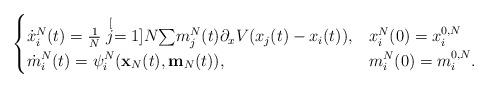
LaTeX: \begin{align*}\begin{cases}\dot{x}_{i}^{N}(t) = \frac{1}{N}\stackrel[j=1]{N}{\sum}m_{j}^{N}(t)\partial_{x}V(x_{j}(t)-x_{i}(t)), & x_{i}^{N}(0)=x_{i}^{0,N} \\\dot{m}_{i}^{N}(t) = \psi_{i}^{N}(\mathbf{x}_{N}(t),\mathbf{m}_{N}(t)), & m_{i}^{N}(0)=m_{i}^{0,N}.\end{cases}\end{align*}